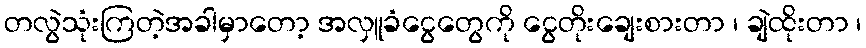
တလွဲသုံးကြတဲ့အခါမှာတော့ အလှူခံငွေတွေကို ငွေတိုးချေးစားတာ ၊ ချဲထိုးတာ ၊